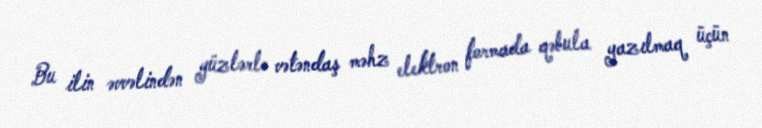
Bu ilin əvvəlindən yüzlərlə vətəndaş məhz elektron formada qəbula yazılmaq üçün